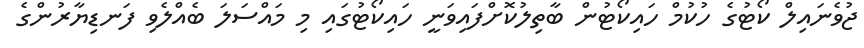
ޖުވެނައިލް ކޯޓުގެ ހުކުމް ހައިކޯޓުން ބާތިލުކޮށްފައިވަނީ ހައިކޯޓުގައި މި މައްސަލަ ބެއްލެވި ފަނޑިޔާރުންގެ